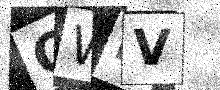
Text: QWHV